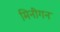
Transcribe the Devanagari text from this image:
मिनीगन